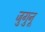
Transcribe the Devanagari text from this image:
जुगुनू